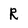
Character: R